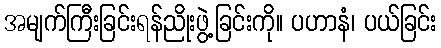
အမျက်ကြီးခြင်းရန်ညိုးဖွဲ့ခြင်းကို။ ပဟာနံ၊ ပယ်ခြင်း